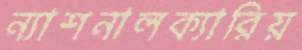
ন্যাশনালক্যারিয়